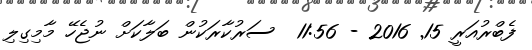
ފެބްރުއަރީ 15